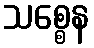
သစ္စေန